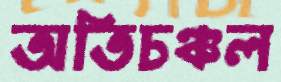
অতিচঞ্চল